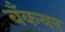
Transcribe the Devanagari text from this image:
बँकवर